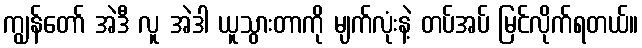
ကျွန်တော် အဲဒီ လူ အဲဒါ ယူသွားတာကို မျက်လုံးနဲ့ တပ်အပ် မြင်လိုက်ရတယ်။